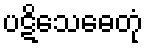
ပဋိသေဓေတုံ